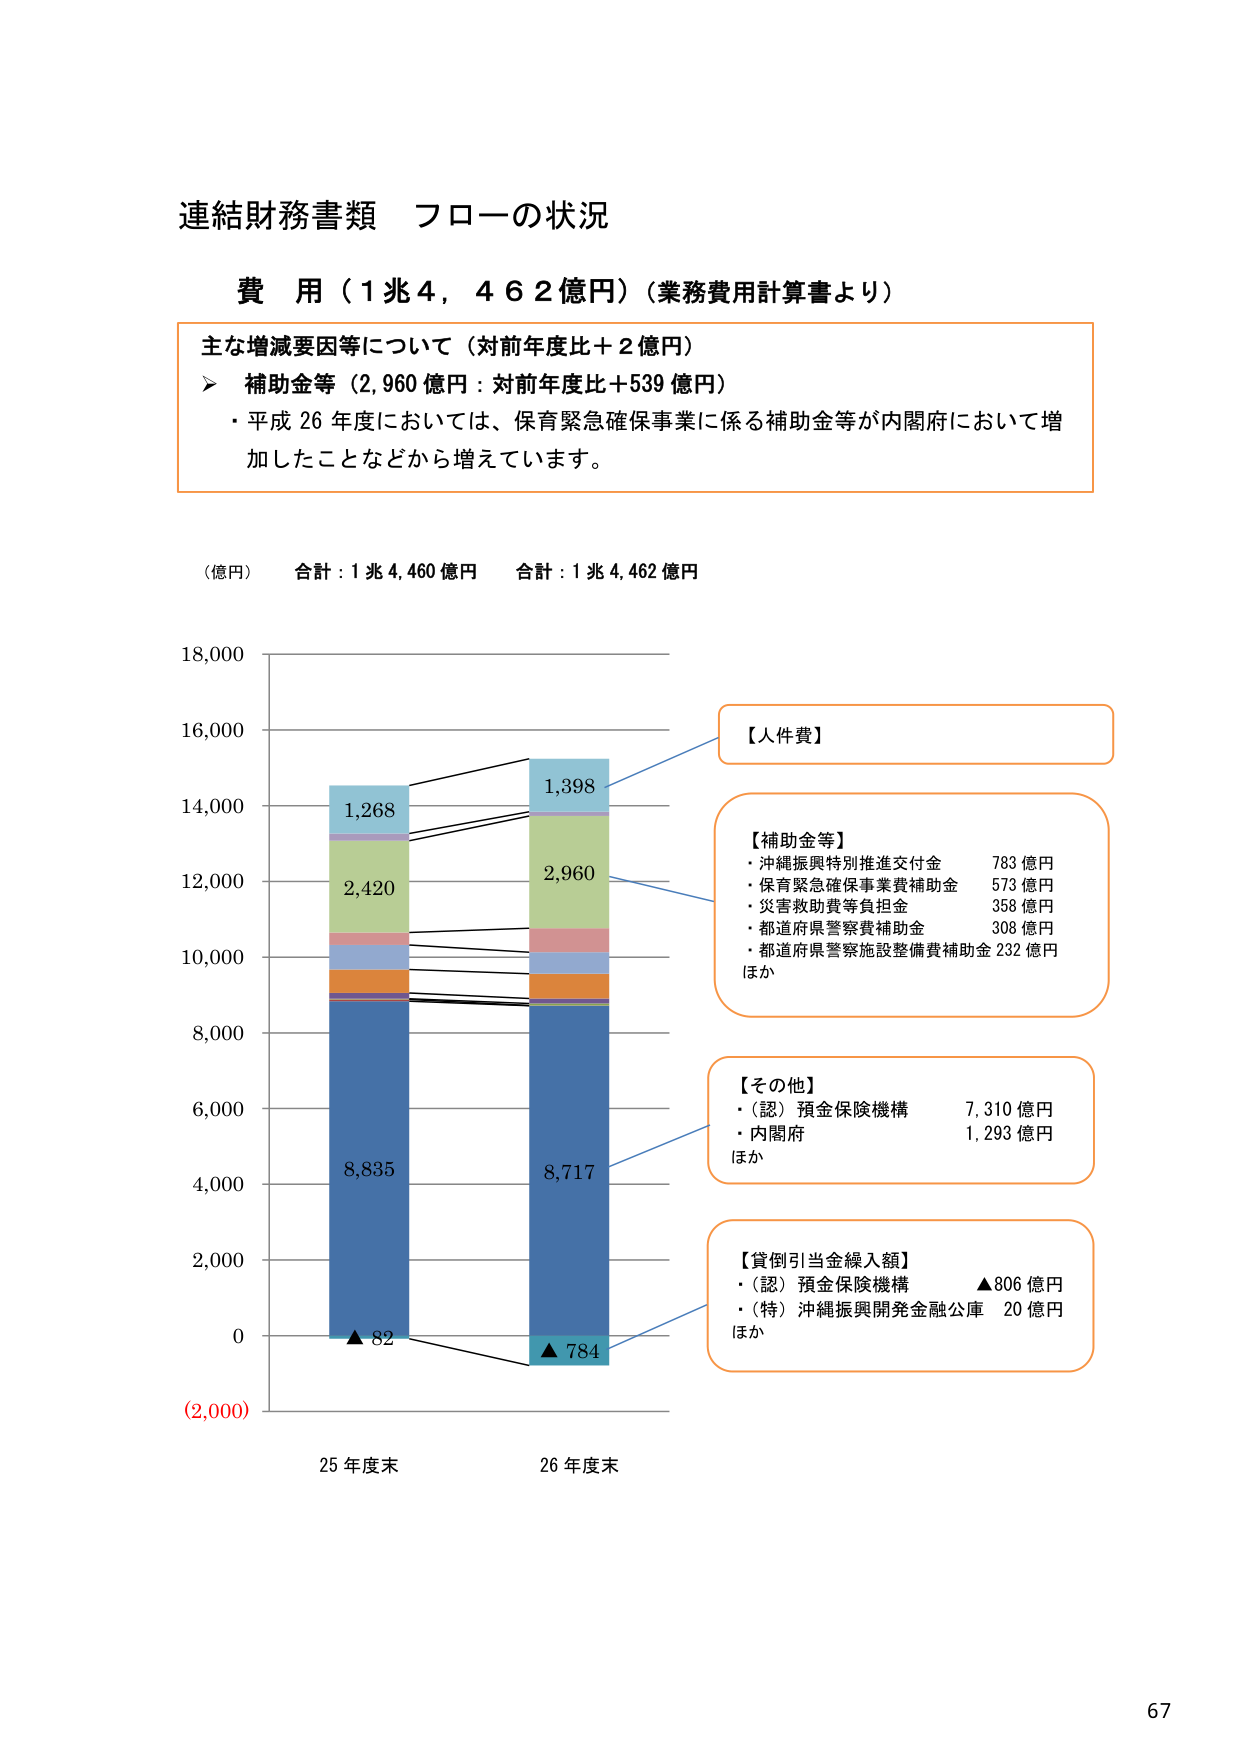
連結財務書類 フローの状況

費 用（1兆4,462億円）（業務費用計算書より）

主な増減要因等について（対前年度比＋2億円）
➤ 補助金等（2,960億円：対前年度比＋539億円）
・平成26年度においては、保育緊急確保事業に係る補助金等が内閣府において増加したことなどから増えています。

（億円） 合計：1兆4,460億円 合計：1兆4,462億円

18,000
16,000
14,000
12,000
10,000
8,000
6,000
4,000
2,000
0
(2,000)

【人件費】

【補助金等】
・沖縄振興特別推進交付金 783億円
・保育緊急確保事業費補助金 573億円
・災害救助費等負担金 358億円
・都道府県警察費補助金 308億円
・都道府県警察施設整備費補助金 232億円
ほか

【その他】
・（認）預金保険機構 7,310億円
・内閣府 1,293億円
ほか

【貸倒引当金繰入額】
・（認）預金保険機構 ▲806億円
・（特）沖縄振興開発金融公庫 20億円
ほか

1,268
2,420
8,835
▲82
1,398
2,960
8,717
▲784

25年度末 26年度末

67